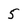
Character: 5